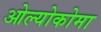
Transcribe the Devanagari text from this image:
ओल्योकोमा